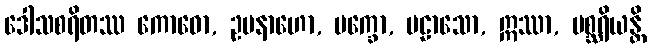
ဒေါသစရိတဿ ကောဓော, ဥပနာဟော, မက္ခော, ပဠာသော, ဣဿာ, မစ္ဆရိယန္တိ